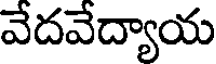
వేదవేద్యాయ